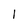
Character: l